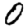
Digit: 0